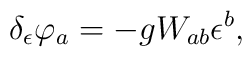
\delta _{\epsilon }\varphi _{a}=-gW_{ab}\epsilon ^{b},